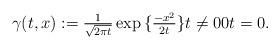
LaTeX: \begin{align*}\gamma(t,x):= \tfrac{1}{\sqrt{2\pi t}}\exp{\{ \tfrac{-x^2}{2t} \}} t \neq 0 0 t = 0. \end{align*}